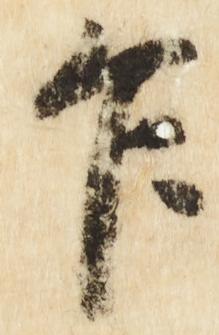
乍